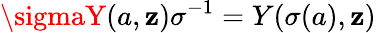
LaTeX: \sigmaY(a,\mathbf{z})\sigma^{-1}=Y(\sigma(a),\mathbf{z})